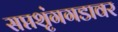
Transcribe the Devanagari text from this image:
सप्तशृंगगडावर